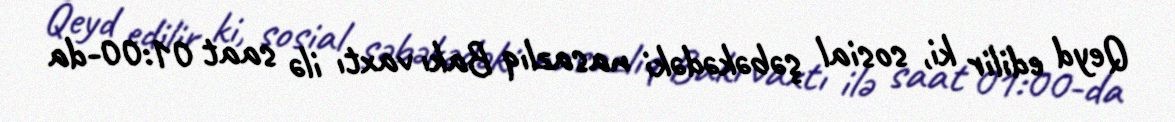
Qeyd edilir ki, sosial şəbəkədəki nasazlıq Bakı vaxtı ilə saat 01:00-da